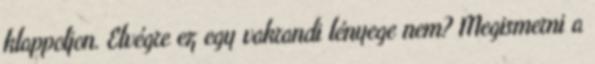
klappoljon. Elvégre ez egy vakrandi lényege nem? Megismerni a